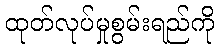
ထုတ်လုပ်မှုစွမ်းရည်ကို